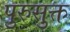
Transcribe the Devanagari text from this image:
पुरुसुक्त